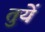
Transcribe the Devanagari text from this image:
तुयें